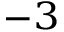
^ { - 3 }